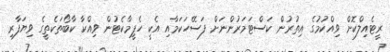
ރީޓެއިލްކޮށް ވިއްކުމުގެ އިތުރުން ކަސްޓަމަރުންނަށް ފަސޭހަކަމާއި އެކީ ހެޕީމާކެޓުން ވިއްކާ ކާބޯތަކެތީގެ ވިޔަފާރި